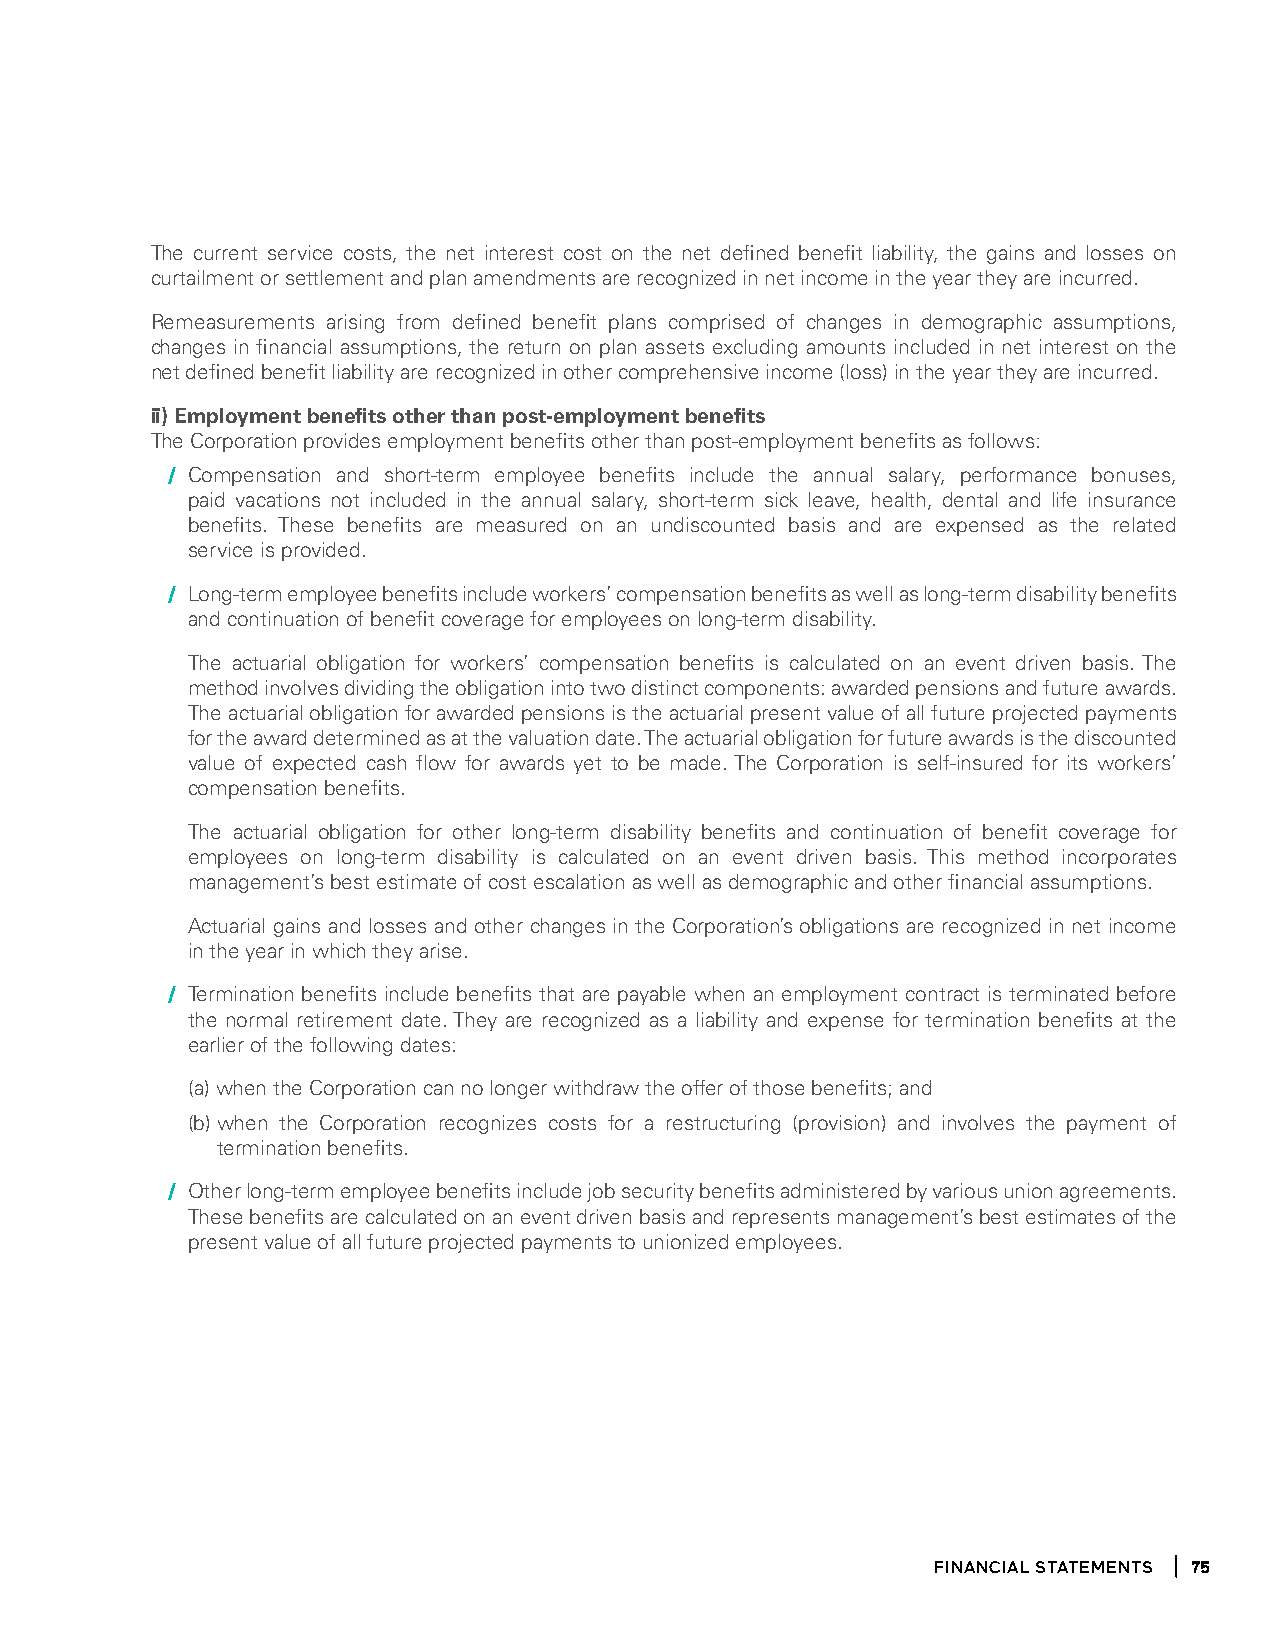
The current service costs, the net interest cost on the net defined benefit liability, the gains and losses on
 curtailment or settlement and plan amendments are recognized in net income in the year they are incurred.
 Remeasurements arising from defined benefit plans comprised of changes in demographic assumptions,
 changes in financial assumptions, the return on plan assets excluding amounts included in net interest on the
 net defined benefit liability are recognized in other comprehensive income (loss) in the year they are incurred.
 ii) Employment benefits other than post-employment benefits
 The Corporation provides employment benefits other than post-employment benefits as follows:
 / Compensation and short-term employee benefits include the annual salary, performance bonuses,
 paid vacations not included in the annual salary, short-term sick leave, health, dental and life insurance
 benefits. These benefits are measured on an undiscounted basis and are expensed as the related
 service is provided.
 / Long-term employee benefits include workers’ compensation benefits as well as long-term disability benefits
 and continuation of benefit coverage for employees on long-term disability.
 The actuarial obligation for workers’ compensation benefits is calculated on an event driven basis. The
 method involves dividing the obligation into two distinct components: awarded pensions and future awards.
 The actuarial obligation for awarded pensions is the actuarial present value of all future projected payments
 for the award determined as at the valuation date. The actuarial obligation for future awards is the discounted
 value of expected cash flow for awards yet to be made. The Corporation is self-insured for its workers’
 compensation benefits.
 The actuarial obligation for other long-term disability benefits and continuation of benefit coverage for
 employees on long-term disability is calculated on an event driven basis. This method incorporates
 management’s best estimate of cost escalation as well as demographic and other financial assumptions.
 Actuarial gains and losses and other changes in the Corporation’s obligations are recognized in net income
 in the year in which they arise.
 / Termination benefits include benefits that are payable when an employment contract is terminated before
 the normal retirement date. They are recognized as a liability and expense for termination benefits at the
 earlier of the following dates:
 (a) when the Corporation can no longer withdraw the offer of those benefits; and
 (b) when the Corporation recognizes costs for a restructuring (provision) and involves the payment of
 termination benefits.
 / Other long-term employee benefits include job security benefits administered by various union agreements.
 These benefits are calculated on an event driven basis and represents management’s best estimates of the
 present value of all future projected payments to unionized employees.
 financial statements 75